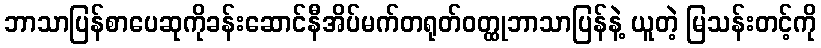
ဘာသာပြန်စာပေဆုကိုခန်းဆောင်နီအိပ်မက်တရုတ်ဝတ္ထုဘာသာပြန်နဲ့ ယူတဲ့ မြသန်းတင့်ကို